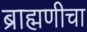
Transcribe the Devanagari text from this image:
ब्राह्मणीचा